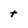
Character: t